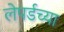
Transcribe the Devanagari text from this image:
लेपर्डच्या